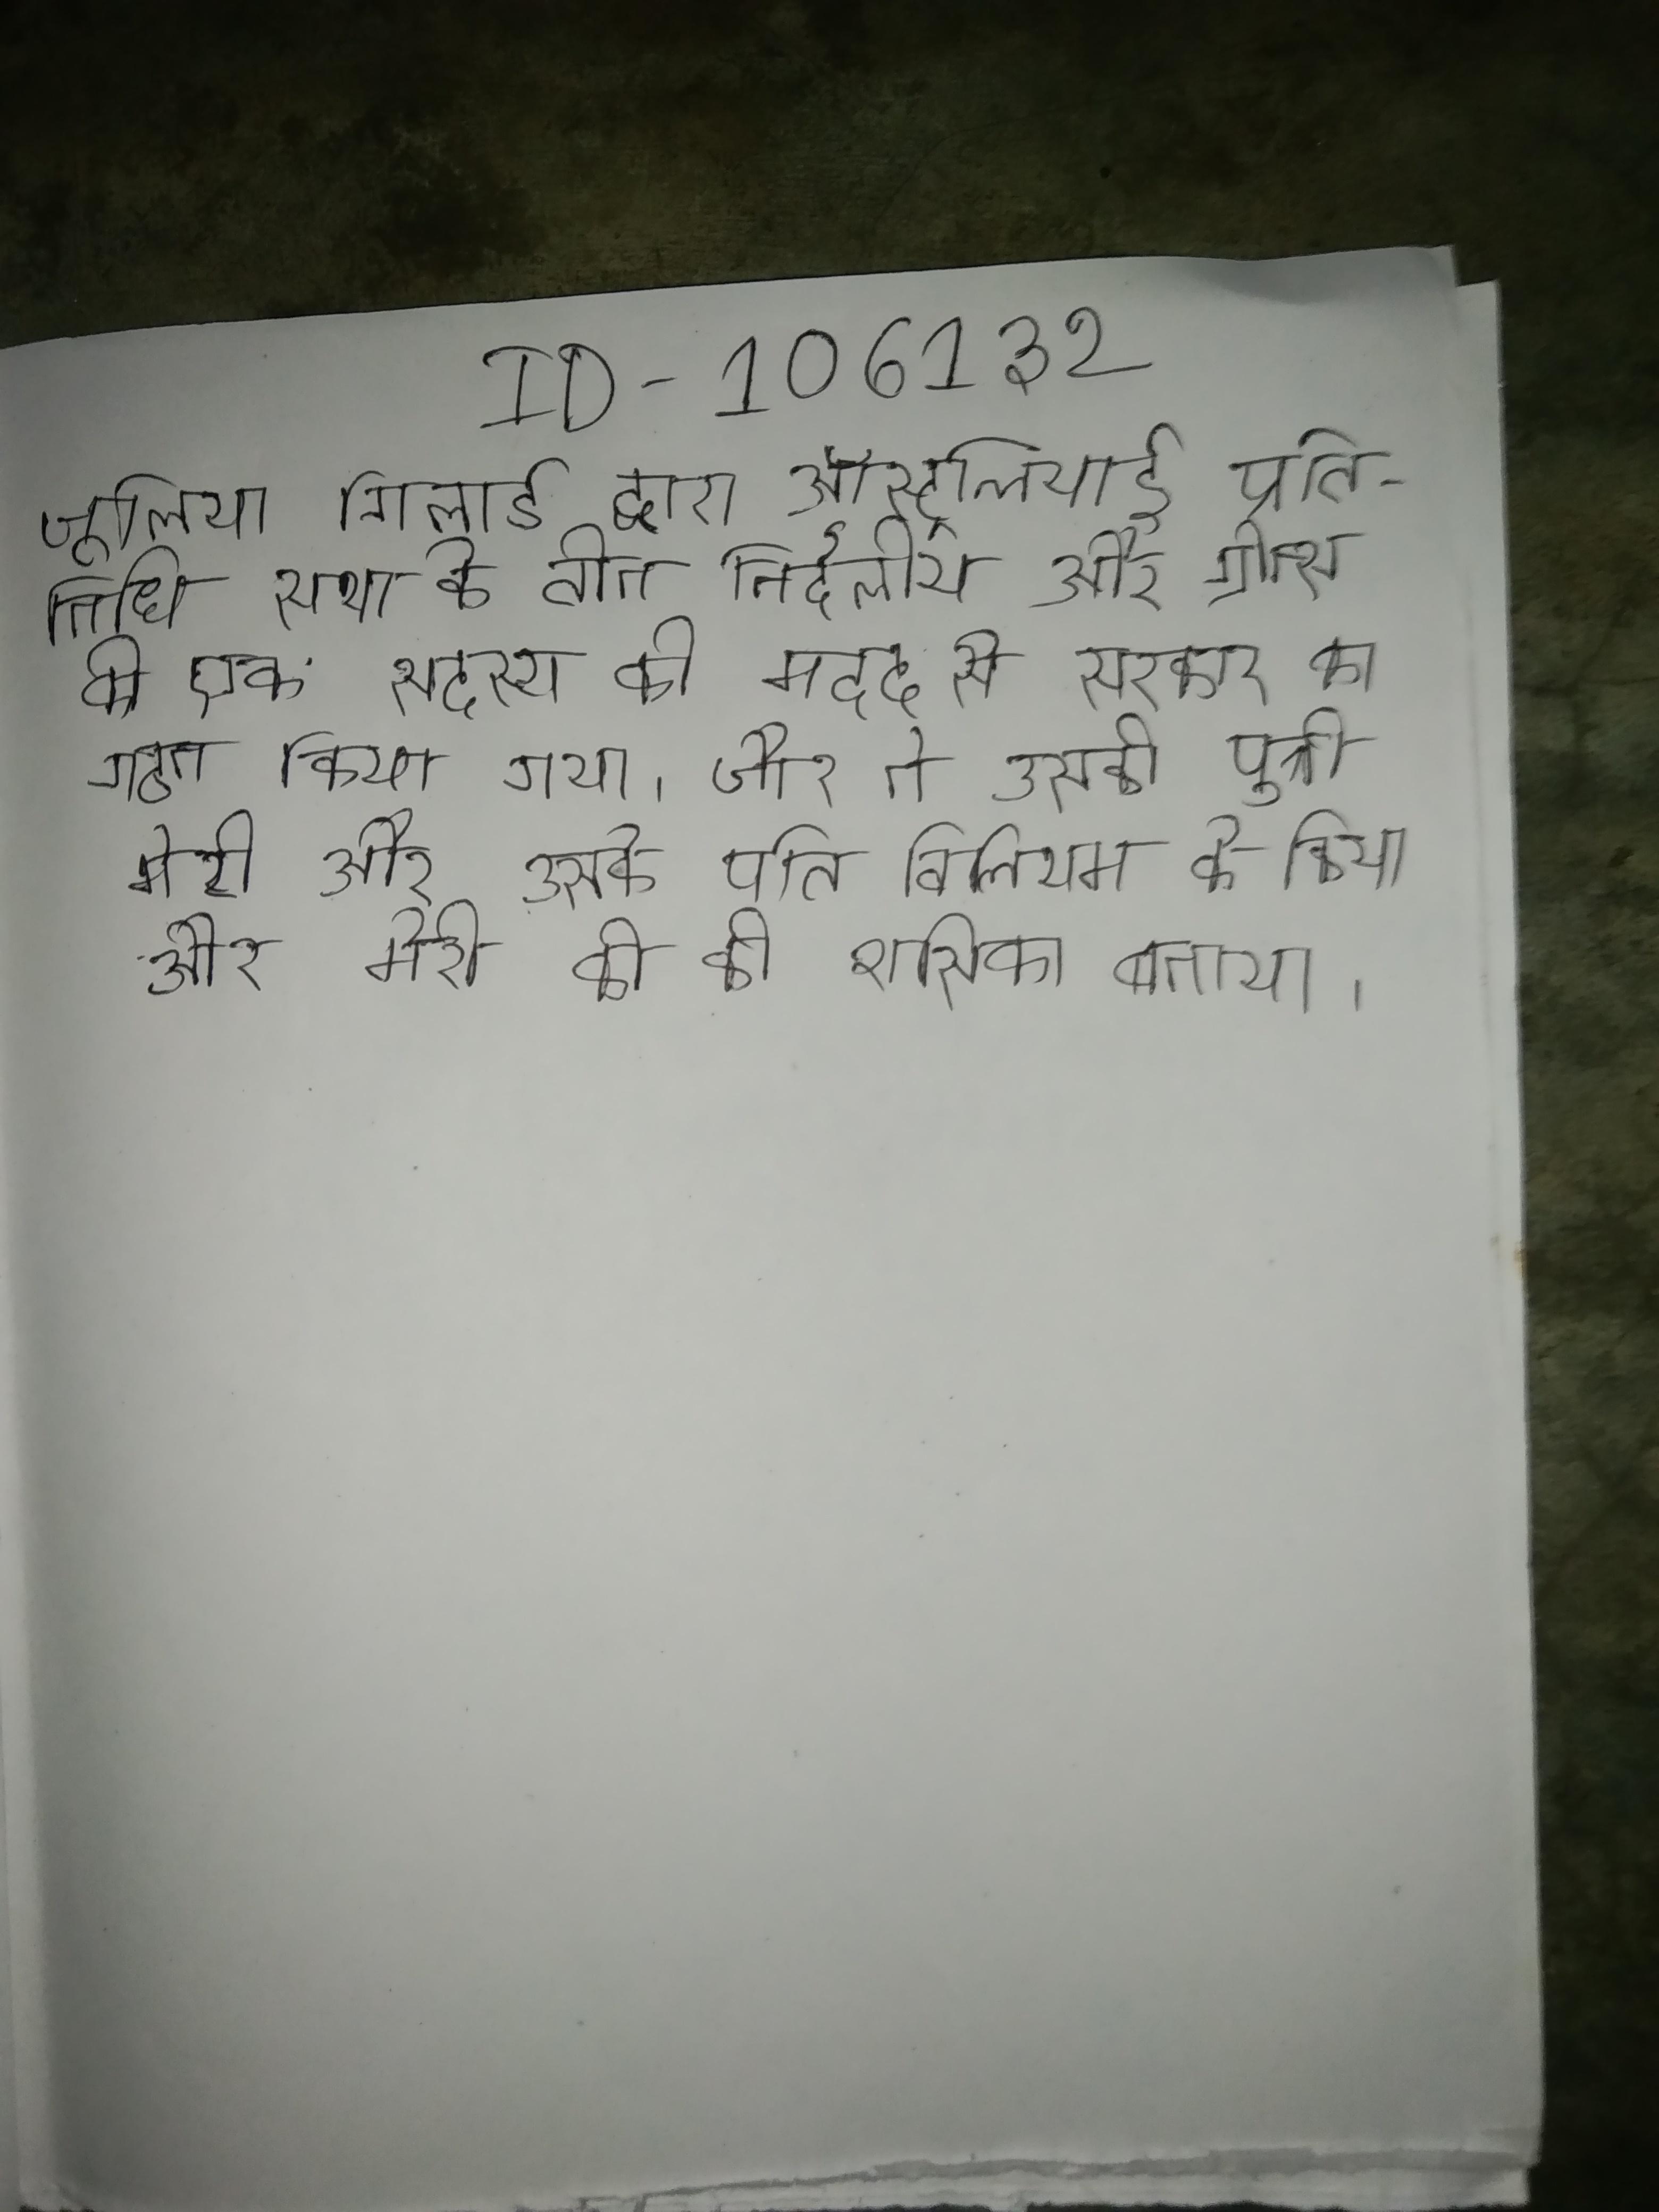
जूलिया गिलार्ड द्वारा ऑस्ट्रलियाई प्रतिनिधि सभा के तीन निर्दलीय और ग्रीन्स के एक सदस्य की मदद से सरकार का गठन किया गया । जेम्स द्वितीय को और ने उसकी पुत्री मेरी और उसके पति विलियम को किया और मेरी को की शासिका बनाया ।